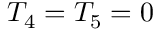
T _ { 4 } = T _ { 5 } = 0